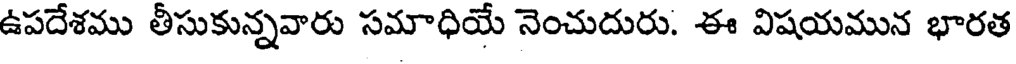
ఉపదేశము తీసుకున్నవారు సమాధియే నెంచుదురు. ఈ విషయమున భారత